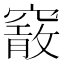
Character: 𥨄